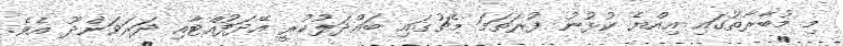
މި މުބާރާތުގައި އިއްޔެ ކުޅުނު ފުރަތަމަ މެޗުގައި ބައްދަލުކުރީ އޭދަފުއްޓާއި ދަރަވަންދޫ އެވެ.